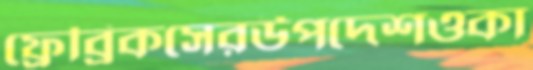
ফ্রেব্রিকসেরউপদেশওকা